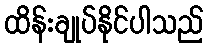
ထိန်းချုပ်နိုင်ပါသည်